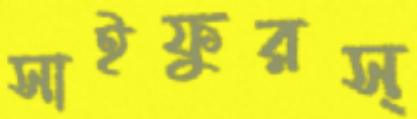
সাইফুরস্